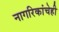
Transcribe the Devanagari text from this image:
नागरिकांचेही